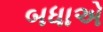
બધાએ